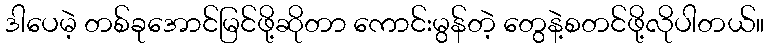
ဒါပေမဲ့ တစ်ခုအောင်မြင်ဖို့ဆိုတာ ကောင်းမွန်တဲ့ တွေနဲ့စတင်ဖို့လိုပါတယ်။